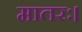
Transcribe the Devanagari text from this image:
मातरः।